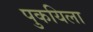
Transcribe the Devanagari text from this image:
पुकयिला